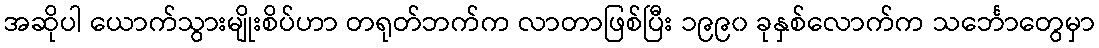
အဆိုပါ ယောက်သွားမျိုးစိပ်ဟာ တရုတ်ဘက်က လာတာဖြစ်ပြီး ၁၉၉၀ ခုနှစ်လောက်က သင်္ဘောတွေမှာ